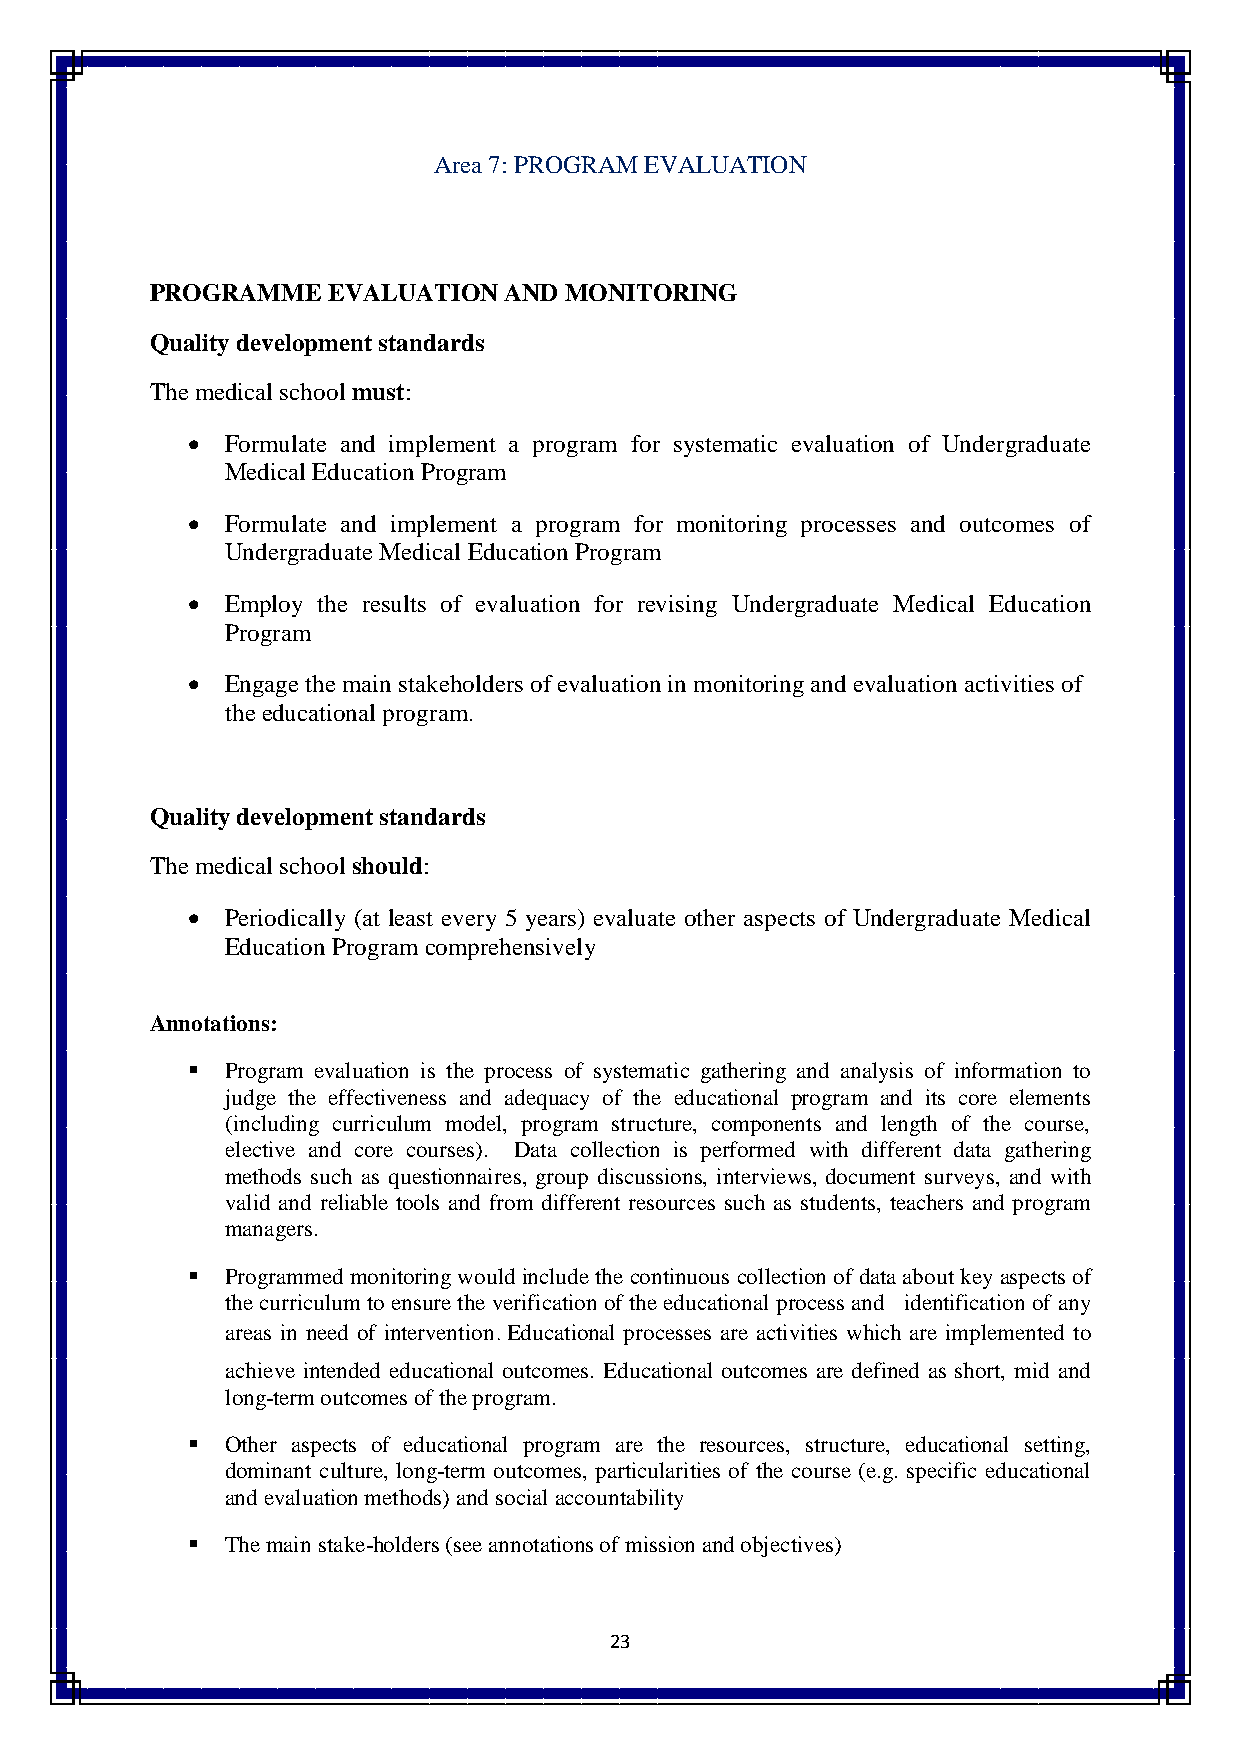
Area 7: PROGRAM EVALUATION
 PROGRAMME   EVALUATION AND MONITORING
 Quality development standards
 The medical school must:
   Formulate and implement a program for systematic evaluation of Undergraduate
 Medical Education Program
   Formulate and implement a program for monitoring processes and outcomes of
 Undergraduate Medical Education Program
   Employ the results of evaluation for revising Undergraduate Medical Education
 Program
   Engage the main stakeholders of evaluation in monitoring and evaluation activities of
 the educational program.
 Quality development standards
 The medical school should:
   Periodically (at least every 5 years) evaluate other aspects of Undergraduate Medical
 Education Program comprehensively
 Annotations:
   Program evaluation is the process of systematic gathering and analysis of information to
 judge the effectiveness and adequacy of the educational program and its core elements
 (including curriculum model, program structure, components and length of the course,
 elective and core courses). Data collection is performed with different data gathering
 methods such as questionnaires, group discussions, interviews, document surveys, and with
 valid and reliable tools and from different resources such as students, teachers and program
 managers.
   Programmed monitoring would include the continuous collection of data about key aspects of
 the curriculum to ensure the verification of the educational process and identification of any
 areas in need of intervention Educational processes are activities which are implemented to
 .
 achieve intended educational outcomes. Educational outcomes are defined as short, mid and
 long-term outcomes of the program.
   Other aspects of educational program are the resources, structure, educational setting,
 dominant culture, long-term outcomes, particularities of the course (e.g. specific educational
 and evaluation methods) and social accountability
   The main stake-holders (see annotations of mission and objectives)
 23